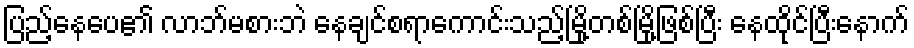
ပြည့်နေပေ၏ လာဘ်မစားဘဲ နေချင်စရာကောင်းသည့်မြို့တစ်မြို့ဖြစ်ပြီး နေထိုင်ပြီးနောက်